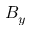
B _ { y }